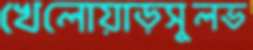
খেলোয়াড়সুলভ